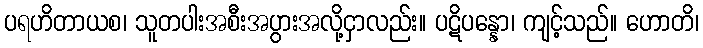
ပရဟိတာယစ၊ သူတပါးအစီးအပွားအလို့ငှာလည်း။ ပဋိပန္နော၊ ကျင့်သည်။ ဟောတိ၊